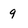
Character: 9